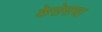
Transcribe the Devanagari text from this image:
केसेसचा